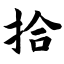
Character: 拾